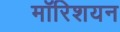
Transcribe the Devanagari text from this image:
मॉरिशयन